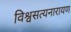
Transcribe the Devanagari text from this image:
विश्वसत्यनारायण